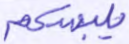
يلبسكم